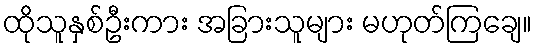
ထိုသူနှစ်ဦးကား အခြားသူများ မဟုတ်ကြချေ။